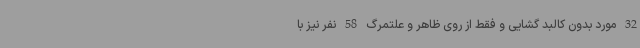
32 مورد بدون کالبد گشایی و فقط از روی ظاهر و علتمرگ 58 نفر نیز با